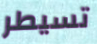
تسيطر